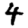
Digit: 4